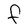
Character: F